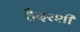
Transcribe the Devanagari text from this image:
हैदरशी